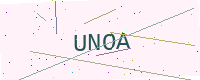
Text: UNOA